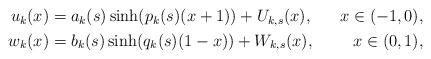
LaTeX: \begin{align*}\begin{aligned}u_k(x)&=a_k(s)\sinh(p_k(s)(x+1))+U_{k,s}(x),\quad&x\in(-1,0),\\w_k(x)&=b_k(s)\sinh(q_k(s)(1-x))+W_{k,s}(x), &x\in(0,1),\end{aligned}\end{align*}